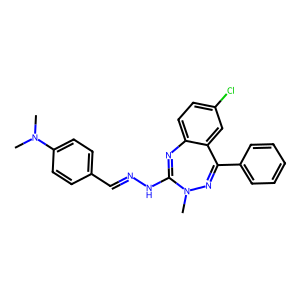
SMILES: CN1N=C(c2ccccc2)c2cc(Cl)ccc2N=C1NN=Cc1ccc(N(C)C)cc1
Inhibits HIV replication: No